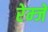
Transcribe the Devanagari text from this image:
रेम्जे